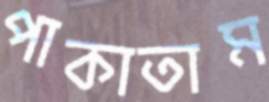
পাকাতাম